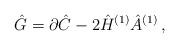
LaTeX: \begin{align*}\hat{G} = \partial\hat{C} -2\hat{H}^{(1)}\hat{A}^{(1)}\, ,\end{align*}